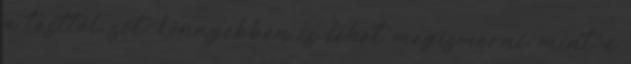
a testtől, sőt: könnyebben is lehet megismerni, mint a